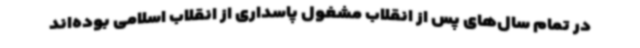
در تمام سال‌های پس از انقلاب مشغول پاسداری از انقلاب اسلامی بوده‌اند